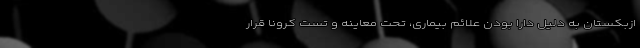
ازبکستان به دلیل دارا بودن علائم بیماری، تحت معاینه و تست کرونا قرار